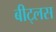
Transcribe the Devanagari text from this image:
बीट्लस